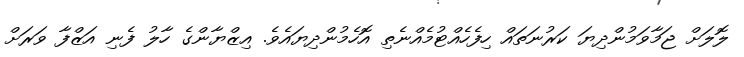
ލޮލަށް ޖަމާވަމުންދިޔަ ކަރުނަތައް ހިފެހެއްޓުމެއްނެތި އޮހެމުންދިޔައެވެ. އިޒްޔާންގެ ހާލު ފެނި އަޒްފާ ވަރަށް